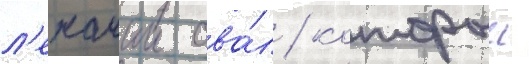
л'ежачии ова́л / которыи